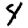
Digit: 4